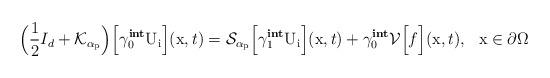
LaTeX: \begin{align*}\Big(\frac{1}{2}I_{d} + \mathcal{K}_{\alpha_{\mathrm{p}}}\Big)\Big[\gamma^{\textbf{int}}_{0}\mathrm{U}_{\mathrm{i}}\Big](\mathrm{x},t) = \mathcal{S}_{\alpha_{\mathrm{p}}}\Big[\gamma^{\textbf{int}}_{1}\mathrm{U}_{\mathrm{i}}\Big](\mathrm{x},t) + \gamma^{\textbf{int}}_{0}\mathcal{V}\Big[ f \Big](\mathrm{x},t), \ \ \mathrm{x} \in \partial\Omega\end{align*}